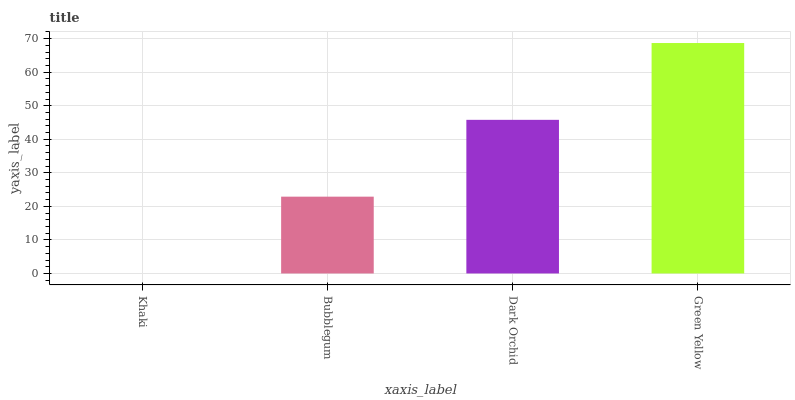
| xaxis_label | bars |
 | --- | --- |
 | Khaki | 0 |
 | Bubblegum | 22.9 |
 | Dark Orchid | 45.8 |
 | Green Yellow | 68.7 |